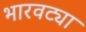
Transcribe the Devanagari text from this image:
भारवट्या